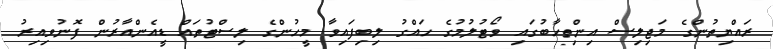
ރައްޔިތުންގެ މަޖިލިސް އިންތިހާބުގައި ވޯޓުލުމުގެ ހައްގު ލިބިފައިވާ މީހުންގެ ލިސްޓުތައް ޑީއެންއާރުން ފޮނުވިއިރު